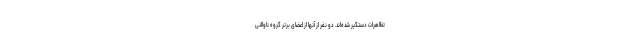
تظاهرات دستگیر شده‌اند. دو نفر از آنها از اعضای برتر گروه ناوالنی